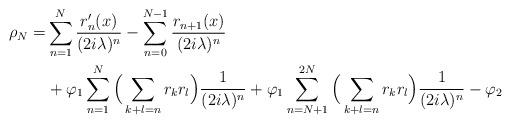
LaTeX: \begin{align*}\rho_N=& \sum_{n=1}^N\frac{r'_n(x)}{(2i\lambda)^n}-\sum_{n=0}^{N-1}\frac{r_{n+1}(x)}{(2i\lambda)^n}\\& + \varphi_1\sum_{n=1}^N\Big(\sum_{k+ l=n}r_kr_l\Big)\frac{1}{(2i\lambda)^n}+ \varphi_1\sum_{n=N+1}^{2N}\Big(\sum_{k+l= n}r_kr_l\Big)\frac{1}{(2i\lambda)^n}-\varphi_2\end{align*}